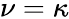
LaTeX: \nu=\kappa